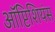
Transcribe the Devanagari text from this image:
ऑप्टिशियंस